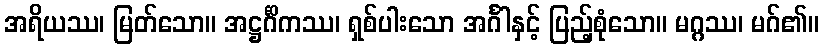
အရိယဿ၊ မြတ်သော။ အဋ္ဌင်္ဂိကဿ၊ ရှစ်ပါးသော အင်္ဂါနှင့် ပြည့်စုံသော။ မဂ္ဂဿ၊ မဂ်၏။